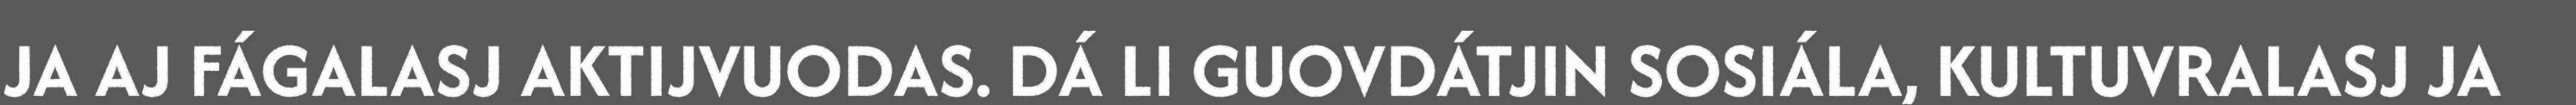
JA AJ FÁGALASJ AKTIJVUODAS. DÁ LI GUOVDÁTJIN SOSIÁLA, KULTUVRALASJ JA